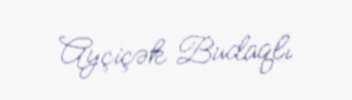
Ayçiçək Budaqlı